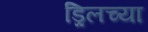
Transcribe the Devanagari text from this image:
ड्रिलच्या